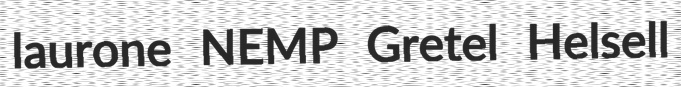
laurone NEMP Gretel Helsell